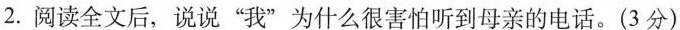
2.阅读全文后，说说”我”为什么很害怕听到母亲的电话。(3分)